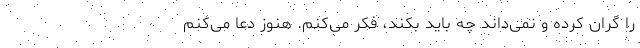
را گران کرده و نمی‌داند چه باید بکند، فکر می‌کنم. هنوز دعا می‌کنم